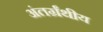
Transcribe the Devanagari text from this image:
अंतर्ग्रंथीय